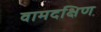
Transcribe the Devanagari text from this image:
वामदक्षिण